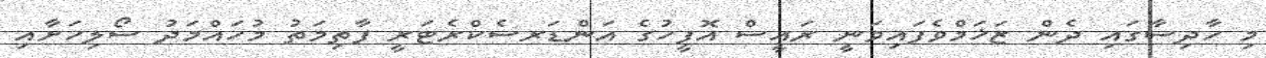
މި ހާދިސާގައި ދެން ޒަޚަމްވެފައިވަނީ ރައީސް އޮފީހުގެ އަންޑަރސެކްރެޓަރީ ފާތިމަތު މުހައްމަދު ސޯލިހަށާއި